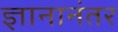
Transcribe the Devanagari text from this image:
ज्ञानानंतर